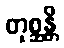
တုစ္ဆန္တိ